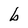
Character: b